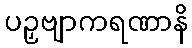
ပဉှဗျာကရဏာနိ